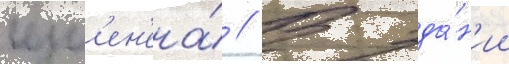
изм'ен'ена́ // В зда́н'ии